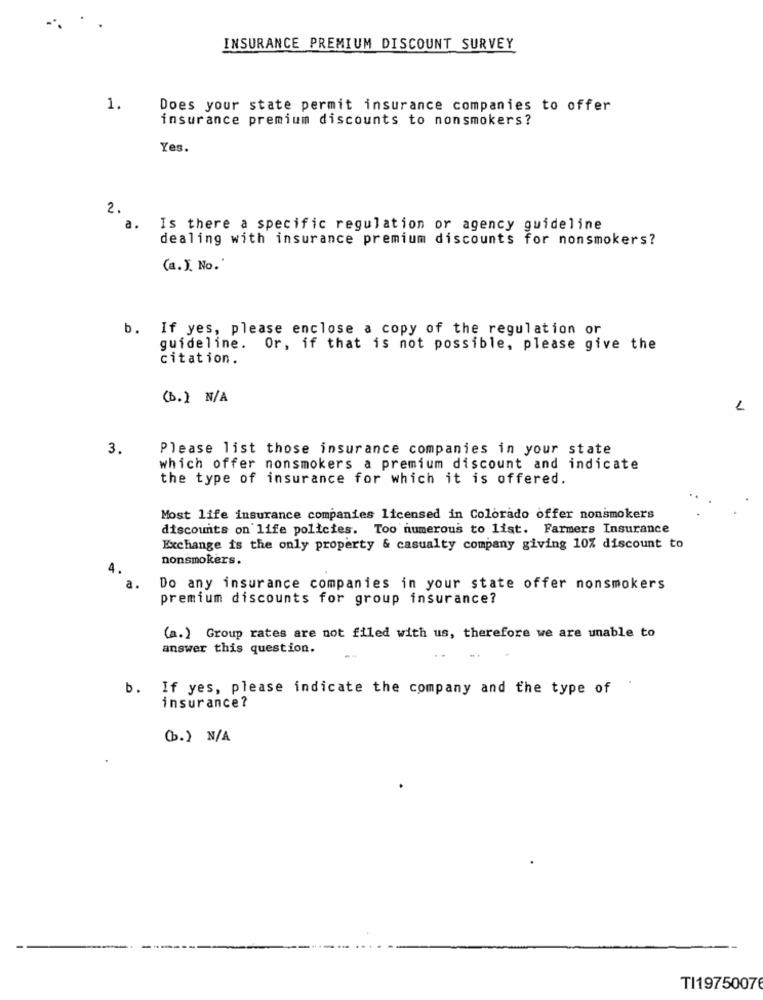
INSURANCE PREMIUM DISCOUNT SURVEY
1.
Does your state permit insurance companies to offer
insurance premium discounts to nonsmokers?
Yes.
2.
a.
Is there a specific regulation or agency guideline
dealing with insurance premium discounts for nonsmokers?
(a.). No.'
b. If yes, please enclose a copy of the regulation or
guideline. Or, if that is not possible, please give the
citation.
(b.) N/A
1
3.
Please list those insurance companies in your state
which offer nonsmokers a premium discount and indicate
the type of insurance for which it is offered.
Most life insurance companies licensed in Colorado offer nonsmokers
discounts on life policies. Too numerous to list. Farmers Insurance
Exchange is the only property & casualty company giving 10% discount to
nonsmokers.
a.
Do any insurance companies in your state offer nonsmokers
premium discounts for group insurance?
(a.) Group rates are not filed with us, therefore we are unable to
answer this question.
b. If yes, please indicate the company and the type of
insurance?
(b.) N/A
TI19750076